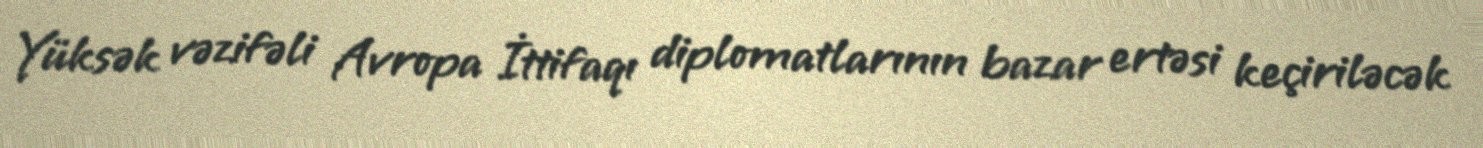
Yüksək vəzifəli Avropa İttifaqı diplomatlarının bazar ertəsi keçiriləcək